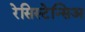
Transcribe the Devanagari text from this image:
रेसिस्टेन्सिअ